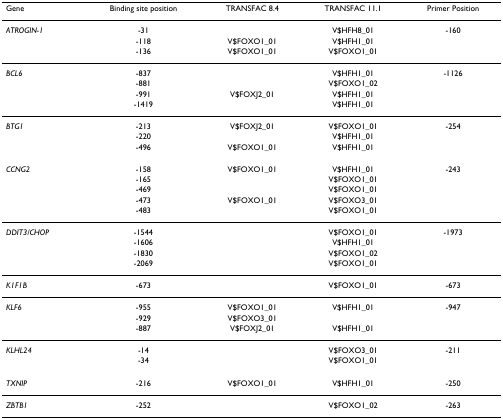
| Gene | Binding site position | TRANSFAC 8.4 | TRANSFAC 11.1 | Primer Position |
 | --- | --- | --- | --- | --- |
 | ATROGIN-1 | -31 |  | V$HFH8_01 | -160 |
 |  | -118 | V$FOXO1_01 | V$HFH1_01 |  |
 |  | -136 | V$FOXO1_01 | V$FOXO1_01 |  |
 | BCL6 | -837 |  | V$HFH1_01 | -1126 |
 |  | -881 |  | V$FOXO1_02 |  |
 |  | -991 | V$FOXJ2_01 | V$HFH1_01 |  |
 |  | -1419 |  | V$HFH1_01 |  |
 | BTG1 | -213 | V$FOXJ2_01 | V$FOXO1_01 | -254 |
 |  | -220 |  | V$HFH1_01 |  |
 |  | -496 | V$FOXO1_01 | V$HFH1_01 |  |
 | CCNG2 | -158 | V$FOXO1_01 | V$HFH1_01 | -243 |
 |  | -165 |  | V$FOXO1_01 |  |
 |  | -469 |  | V$FOXO1_01 |  |
 |  | -473 | V$FOXO1_01 | V$FOXO3_01 |  |
 |  | -483 |  | V$FOXO1_01 |  |
 | DDIT3/CHOP | -1544 |  | V$FOXO1_01 | -1973 |
 |  | -1606 |  | V$HFH1_01 |  |
 |  | -1830 |  | V$FOXO1_02 |  |
 |  | -2069 |  | V$FOXO1_01 |  |
 | K1F1B | -673 |  | V$FOXO1_01 | -673 |
 | KLF6 | -955 | V$FOXO1_01 | V$HFH1_01 | -947 |
 |  | -929 | V$FOXO3_01 |  |  |
 |  | -887 | V$FOXJ2_01 | V$HFH1_01 |  |
 | KLHL24 | -14 |  | V$FOXO3_01 | -211 |
 |  | -34 |  | V$FOXO1_01 |  |
 | TXNIP | -216 | V$FOXO1_01 | V$HFH1_01 | -250 |
 | ZBTB1 | -252 |  | V$FOXO1_02 | -263 |